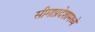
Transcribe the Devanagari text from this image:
सीमाप्रदेशामध्ये